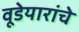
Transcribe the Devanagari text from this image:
वूडेयारांचे